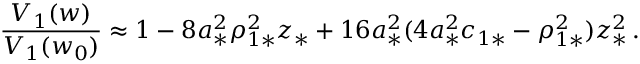
\frac { V _ { 1 } ( w ) } { V _ { 1 } ( w _ { 0 } ) } \approx 1 - 8 a _ { * } ^ { 2 } \rho _ { 1 * } ^ { 2 } z _ { * } + 1 6 a _ { * } ^ { 2 } ( 4 a _ { * } ^ { 2 } c _ { 1 * } - \rho _ { 1 * } ^ { 2 } ) z _ { * } ^ { 2 } \, .